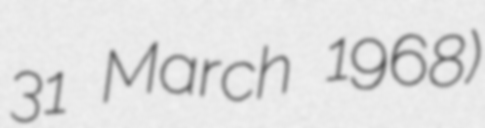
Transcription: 31 March 1968)